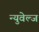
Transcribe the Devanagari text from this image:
न्युवेल्ज